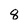
Character: 8